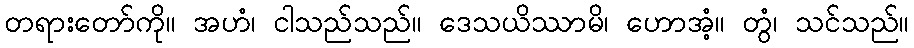
တရားတော်ကို။ အဟံ၊ ငါသည်သည်။ ဒေသယိဿာမိ၊ ဟောအံ့။ တွံ၊ သင်သည်။